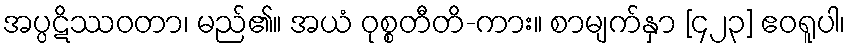
အပ္ပဋိဿဝတာ၊ မည်၏။ အယံ ဝုစ္စတီတိ-ကား။ စာမျက်နှာ [၄၂၃] ဧဝရူပါ၊